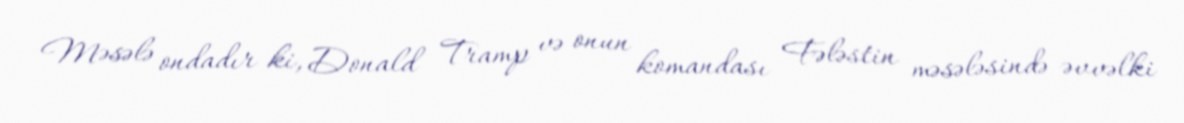
Məsələ ondadır ki, Donald Tramp və onun komandası Fələstin məsələsində əvvəlki